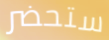
ستحضر